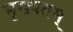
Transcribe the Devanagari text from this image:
मुख्यतम्